Report of the Indian Hemp Drugs Commission, 1894-1895 - Volume VIII
Year: 1894
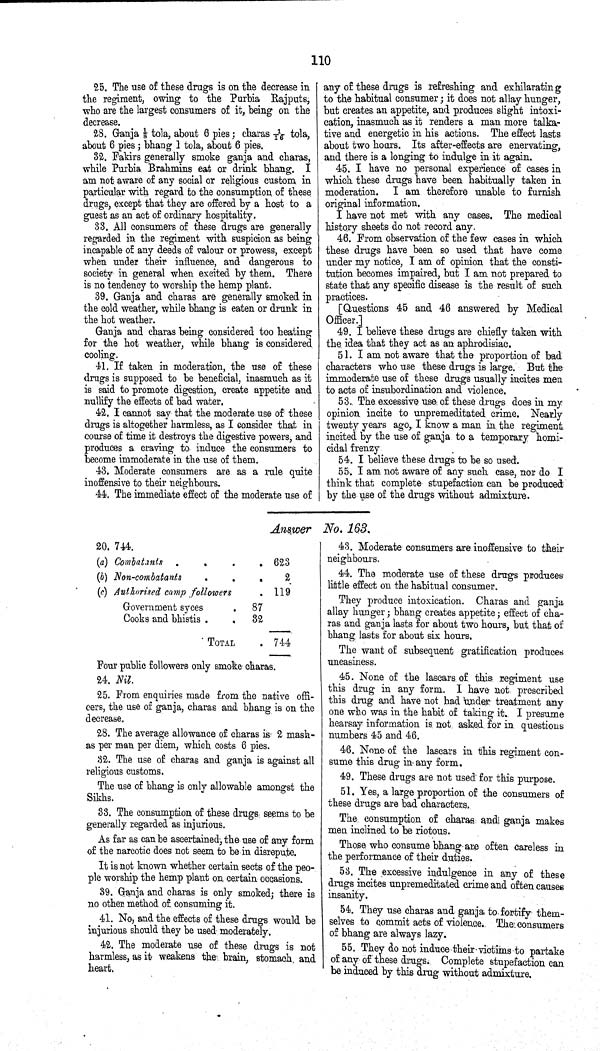
110
25. The use of these drugs is on the decrease in
the regiment, owing to the Purbia Rajputs,
who are the largest consumers of it, being on the
decrease.
28. Ganja 1/8 tola, about 6 pies; charas 1/16 tola,
about 6 pies; bhang 1 tola, about 6 pies.
32. Fakirs generally smoke ganja and charas,
while Purbia Brahmins eat or drink bhang. I
am not aware of any social or religious custom in
particular with regard to the consumption of these
drugs, except that they are offered by a host to a
guest as an act of ordinary hospitality.
33. All consumers of these drugs are generally
regarded in the regiment with suspicion as being
incapable of any deeds of valour or prowess, except
when under their influence, and dangerous to
society in general when excited by them. There
is no tendency to worship the hemp plant.
39. Ganja and charas are generally smoked in
the cold weather, while bhang is eaten or drunk in
the hot weather.
Ganja and charas being considered too heating
for the hot weather, while bhang is considered
cooling.
41. If taken in moderation, the use of these
drugs is supposed to be beneficial, inasmuch as it
is said to promote digestion, create appetite and
nullify the effects of bad water.
42. I cannot say that the moderate use of these
drugs is altogether harmless, as I consider that in
course of time it destroys the digestive powers, and
produces a craving to induce the consumers to
become immoderate in the use of them.
43. Moderate consumers are as a rule quite
inoffensive to their neighbours.
44. The immediate effect of the moderate use of
any of these drugs is refreshing and exhilarating
to the habitual consumer; it does not allay hunger,
but creates an appetite, and produces slight intoxi¬
cation, inasmuch as it renders a man more talka¬
tive and energetic in his actions. The effect lasts
about two hours. Its after-effects are enervating,
and there is a longing to indulge in it again.
45. I have no personal experience of cases in
which these drugs have been habitually taken in
moderation. I am therefore unable to furnish
original information.
I have not met with any cases. The medical
history sheets do not record any.
46. From observation of the few cases in which
these drugs have been so used that have come
under my notice, I am of opinion that the consti¬
tution becomes impaired, but I am not prepared to
state that any specific disease is the result of such
practices.
[Questions 45 and 46 answered by Medical
Officer.]
49. I believe these drugs are chiefly taken with
the idea that they act as an aphrodisiac.
51. I am not aware that the proportion of bad
characters who use these drugs is large. But the
immoderate use of these drugs usually incites men
to acts of insubordination and violence.
53. The excessive use of these drugs does in my
opinion incite to unpremeditated crime. Nearly
twenty years ago, I know a man in the regiment
incited by the use of ganja to a temporary homi¬
cidal frenzy
54. I believe these drugs to be so used.
55. I am not aware of any such case, nor do I
think that complete stupefaction can be produced
by the use of the drugs without admixture.
Answer No. 163.
20. 744.
(a) Combatants
623
(b) Non-combatants
2
(c) Authorised camp followers
119
Government syces
87
Cooks and bhistis
32
TOTAL
744
Four public followers only smoke charas.
24. Nil.
25. From enquiries made from the native offi¬
cers, the use of ganja, charas and bhang is on the
decrease.
28. The average allowance of charas is 2 mash-
as per man per diem, which costs 6 pies.
32. The use of charas and ganja is against all
religious customs.
The use of bhang is only allowable amongst the
Sikhs.
33. The consumption of these drugs seems to be
generally regarded as injurious.
As far as can be ascertained, the use of any form
of the narcotic does not seem to be in disrepute.
It is not known whether certain sects of the peo¬
ple worship the hemp plant on certain occasions.
39. Ganja and charas is only smoked; there is
no other method of consuming it.
41. No, and the effects of these drugs would be
injurious should they be used moderately.
42. The moderate use of these drugs is not
harmless, as it weakens the brain, stomach and
heart.
43. Moderate consumers are inoffensive to their
neighbours.
44. The moderate use of these drugs produces
little effect on the habitual consumer.
They produce intoxication. Charas and ganja
allay hunger; bhang creates appetite; effect of cha¬
ras and ganja lasts for about two hours, but that of
bhang lasts for about six hours.
The want of subsequent gratification produces
uneasiness.
45. None of the lascars of this regiment use
this drug in any form. I have not prescribed
this drug and have not had under treatment any
one who was in the habit of taking it. I presume
hearsay information is not asked for in questions
numbers 45 and 46.
46. None of the lasears in this regiment con¬
sume this drug in any form.
49. These drugs are not used for this purpose.
51. Yes, a large proportion of the consumers of
these drugs are bad characters.
The consumption of charas and ganja makes
men inclined to be riotous.
Those who consume bhang are often careless in
the performance of their duties.
53. The excessive indulgence in any of these
drugs incites unpremeditated crime and often causes
insanity.
54. They use charas and ganja to fortify them¬
selves to commit acts of violence. The consumers
of bhang are always lazy.
55. They do not induce their victims to partake
of any of these drugs. Complete stupefaction can
be induced by this drug without admixture.